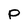
Character: p